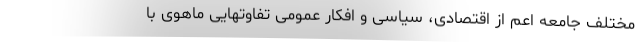
مختلف جامعه اعم از اقتصادی‌، سیاسی و افکار عمومی تفاوتهایی ماهوی با